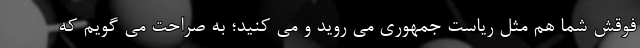
فوقش شما هم مثل ریاست جمهوری می روید و می کنید؛ به صراحت می گویم که